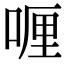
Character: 喱